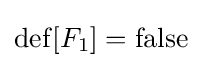
\operatorname {def} [F_{1}]=\operatorname {false}